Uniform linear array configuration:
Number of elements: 32
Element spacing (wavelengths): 0.25
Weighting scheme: binomial
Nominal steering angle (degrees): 60
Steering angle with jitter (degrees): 59.21
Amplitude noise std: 0.05
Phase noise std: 0.05

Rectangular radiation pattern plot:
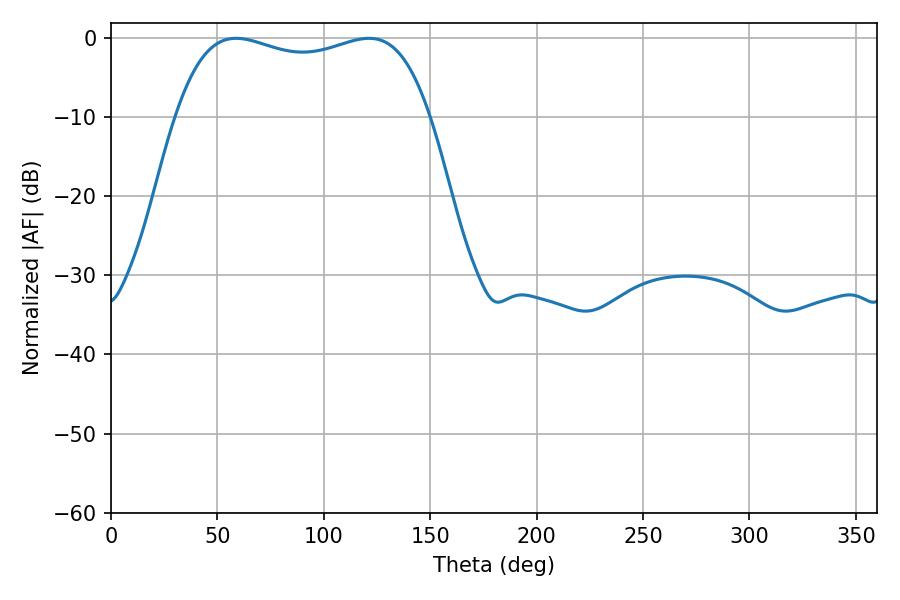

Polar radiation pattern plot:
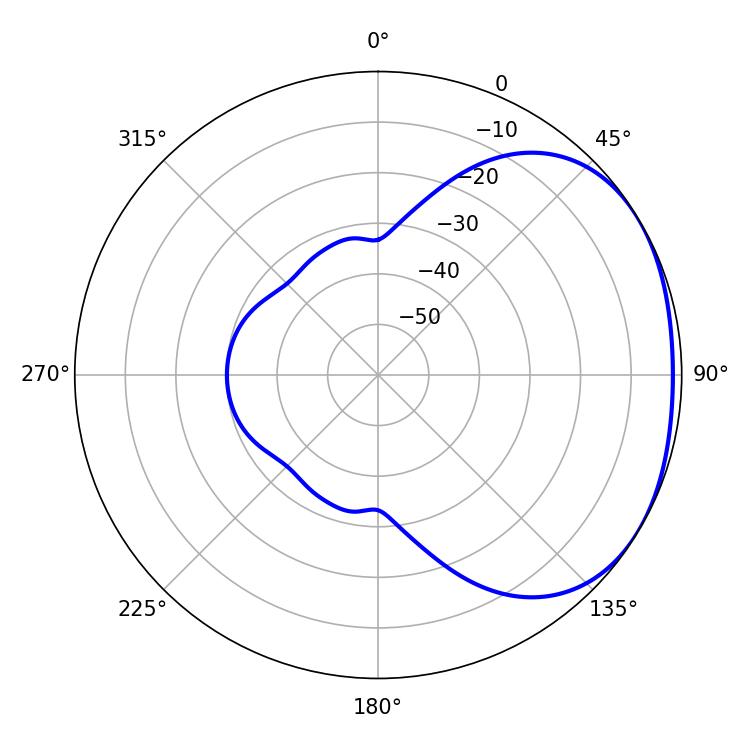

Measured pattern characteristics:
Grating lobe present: FALSE
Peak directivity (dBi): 1.875
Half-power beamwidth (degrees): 96.84
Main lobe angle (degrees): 58.86